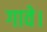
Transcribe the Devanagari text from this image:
गावे।